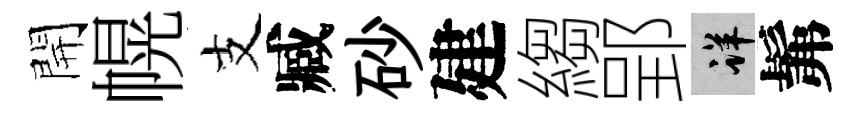
開幌支臧砂建縐郢详髴